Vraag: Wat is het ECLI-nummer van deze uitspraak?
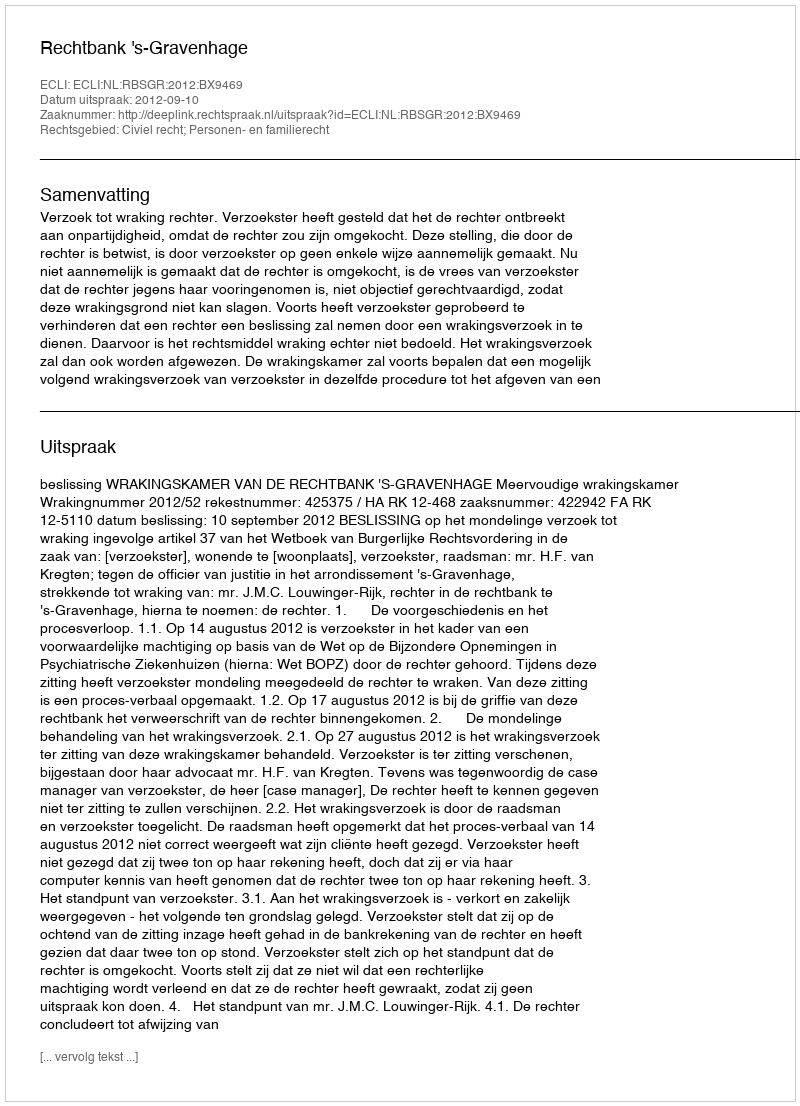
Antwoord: ECLI:NL:RBSGR:2012:BX9469